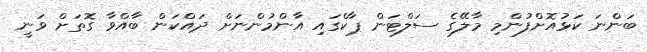
ބަންނަ ކަޅުއޮށްފުންމި މާލޭގެ ސަލްޓަން ޕާކްގައި އާންމުންނަށް ދައްކަން ބާއްވާ ގޮތަށް ވަނީ